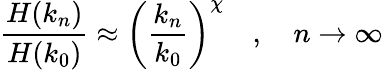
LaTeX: \frac{H(k_{n})}{H(k_{0})}\approx\left(\frac{k_{n}}{k_{0}}\right)^{\chi}\quad,\quad n\to\infty